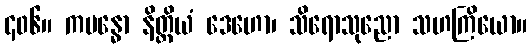
၄၀၆။ ကဗန္ဓော နိတ္ထိယံ ဒေဟော၊ သိရောသုညော သဟကြိယော။